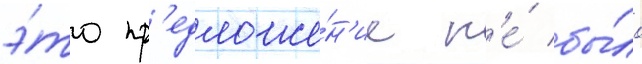
э́то пр'едложе́н'ие н'е́ бы́ло